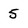
Character: 5